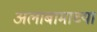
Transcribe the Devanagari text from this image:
अलाबामाच्या